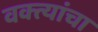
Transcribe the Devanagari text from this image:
वक्त्यांचा